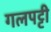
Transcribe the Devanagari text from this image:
गलपट्टी